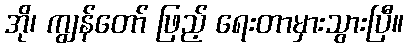
အို၊ ကျွန်တော် ဖြည့် ရေးတာမှားသွားပြီ။